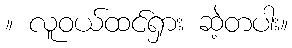
။ လူဝယ်ထင်ရှား ဆဲ့တပါး။